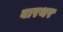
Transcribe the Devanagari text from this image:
बारथर